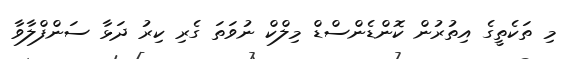
މި ތަކެތީގެ އިތުރުން ކޮންޑެންސްޑް މިލްކް ނުވަތަ ގެރި ކިރު ދަޅާ ސަންފްލާވާ